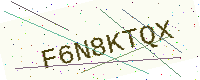
Text: F6N8KTQX